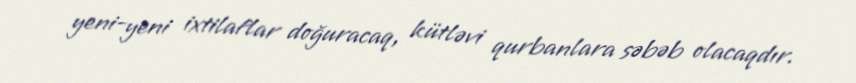
yeni-yeni ixtilaflar doğuracaq, kütləvi qurbanlara səbəb olacaqdır.